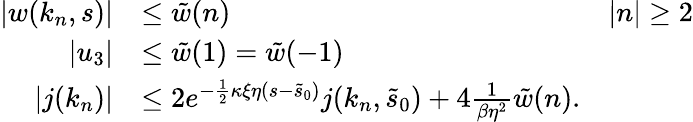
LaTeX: \begin{array}{rlr}{\vert w(k_{n},s)\vert}&{\le\tilde{w}(n)}&{\vert n\vert\ge 2}\\ {\vert u_{3}\vert}&{\le\tilde{w}(1)=\tilde{w}(-1)}\\ {\vert j(k_{n})\vert}&{\le 2e^{-\frac 12\kappa\xi\eta(s-\tilde{s}_{0})}j(k_{n},\tilde{s}_{0})+4\frac{1}{\beta\eta^{2}}\tilde{w}(n).}\end{array}